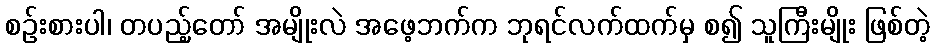
စဉ်းစားပါ၊ တပည့်တော် အမျိုးလဲ အဖေ့ဘက်က ဘုရင်လက်ထက်မှ စ၍ သူကြီးမျိုး ဖြစ်တဲ့